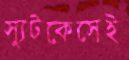
স্যুটকেসেই